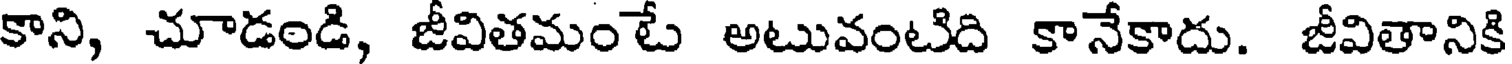
కాని, చూడండి, జీవితమంటే అటువంటిది కానేకాదు. జీవితానికి